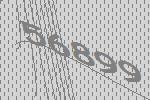
56899